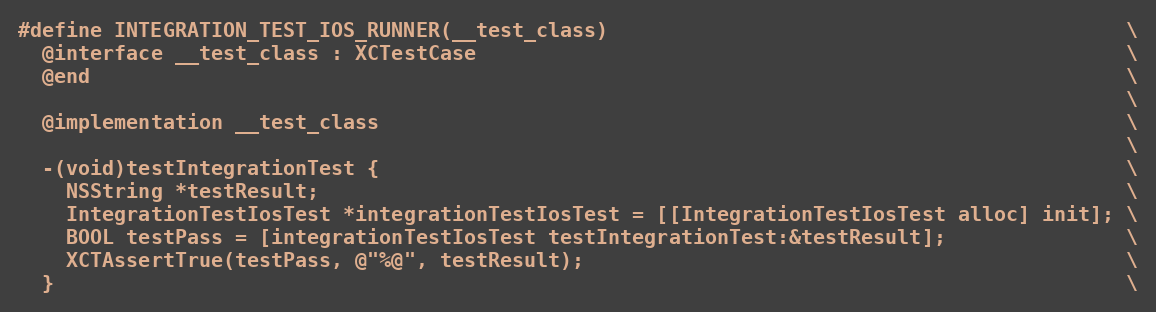
Language: C
#define INTEGRATION_TEST_IOS_RUNNER(__test_class)                                           \
  @interface __test_class : XCTestCase                                                      \
  @end                                                                                      \
                                                                                            \
  @implementation __test_class                                                              \
                                                                                            \
  -(void)testIntegrationTest {                                                              \
    NSString *testResult;                                                                   \
    IntegrationTestIosTest *integrationTestIosTest = [[IntegrationTestIosTest alloc] init]; \
    BOOL testPass = [integrationTestIosTest testIntegrationTest:&testResult];               \
    XCTAssertTrue(testPass, @"%@", testResult);                                             \
  }                                                                                         \